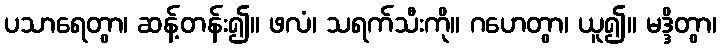
ပသာရေတွာ၊ ဆန့်တန်း၍။ ဖလံ၊ သရက်သီးကို။ ဂဟေတွာ၊ ယူ၍။ မဒ္ဒိတွာ၊